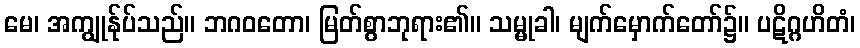
မေ၊ အကျွုန်ုပ်သည်။ ဘဂဝတော၊ မြတ်စွာဘုရား၏။ သမ္မုခါ၊ မျက်မှောက်တော်၌။ ပဋိဂ္ဂဟိတံ၊